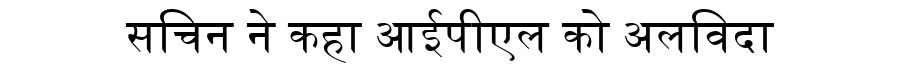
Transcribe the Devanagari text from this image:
सचिन ने कहा आईपीएल को अलविदा